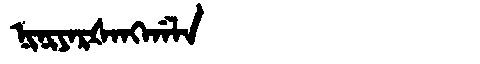
Manchu: ᠨᡳᠨᡳᠶᠠᡵᡧᠠᠩᡤᠠᠯᠠ
Romanization: NINIYARŠANGGALA